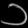
Digit: ၁